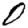
Digit: 0